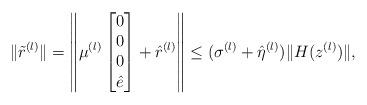
LaTeX: \begin{align*}\|\tilde{r}^{(l)}\|=\left\|\mu^{(l)}\begin{bmatrix}0 \\ 0\\ 0 \\\hat{e} \end{bmatrix}+\hat{r}^{(l)}\right\|\leq(\sigma^{(l)}+\hat{\eta}^{(l)})\|H(z^{(l)})\|,\end{align*}